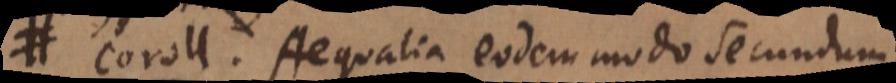
a r. Aequalia eodem modo secundum